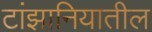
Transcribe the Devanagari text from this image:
टांझानियातील